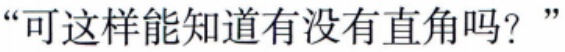
“可这样能知道有没有直角吗？”